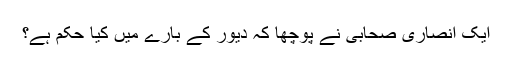
ایک انصاری صحابی نے پوچھا کہ دیور کے بارے میں کیا حکم ہے؟